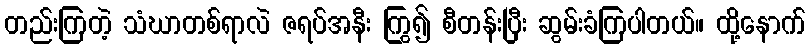
တည်းကြတဲ့ သံဃာတစ်ရာလဲ ဇရပ်အနီး ကြွ၍ စီတန်းပြီး ဆွမ်းခံကြပါတယ်။ ထို့နောက်